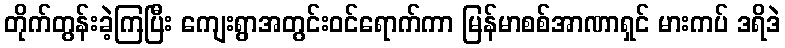
တိုက်တွန်းခဲ့ကြပြီး ကျေးရွာအတွင်းဝင်ရောက်ကာ မြန်မာစစ်အာဏာရှင် မားကပ် ဒရိဒဲ